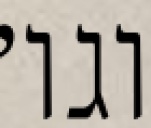
וגו׳